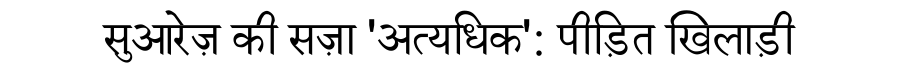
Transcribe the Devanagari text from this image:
सुआरेज़ की सज़ा 'अत्यधिक': पीड़ित खिलाड़ी